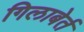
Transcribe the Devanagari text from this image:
गिलाबेर्त